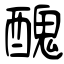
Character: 醜